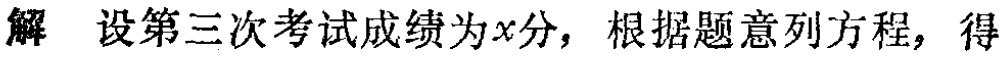
解 设第三次考试成绩为\(x\)分，根据题意列方程，得